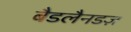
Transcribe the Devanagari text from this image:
बैडलैनडज़